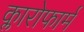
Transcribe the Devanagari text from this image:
क्लारोफार्म